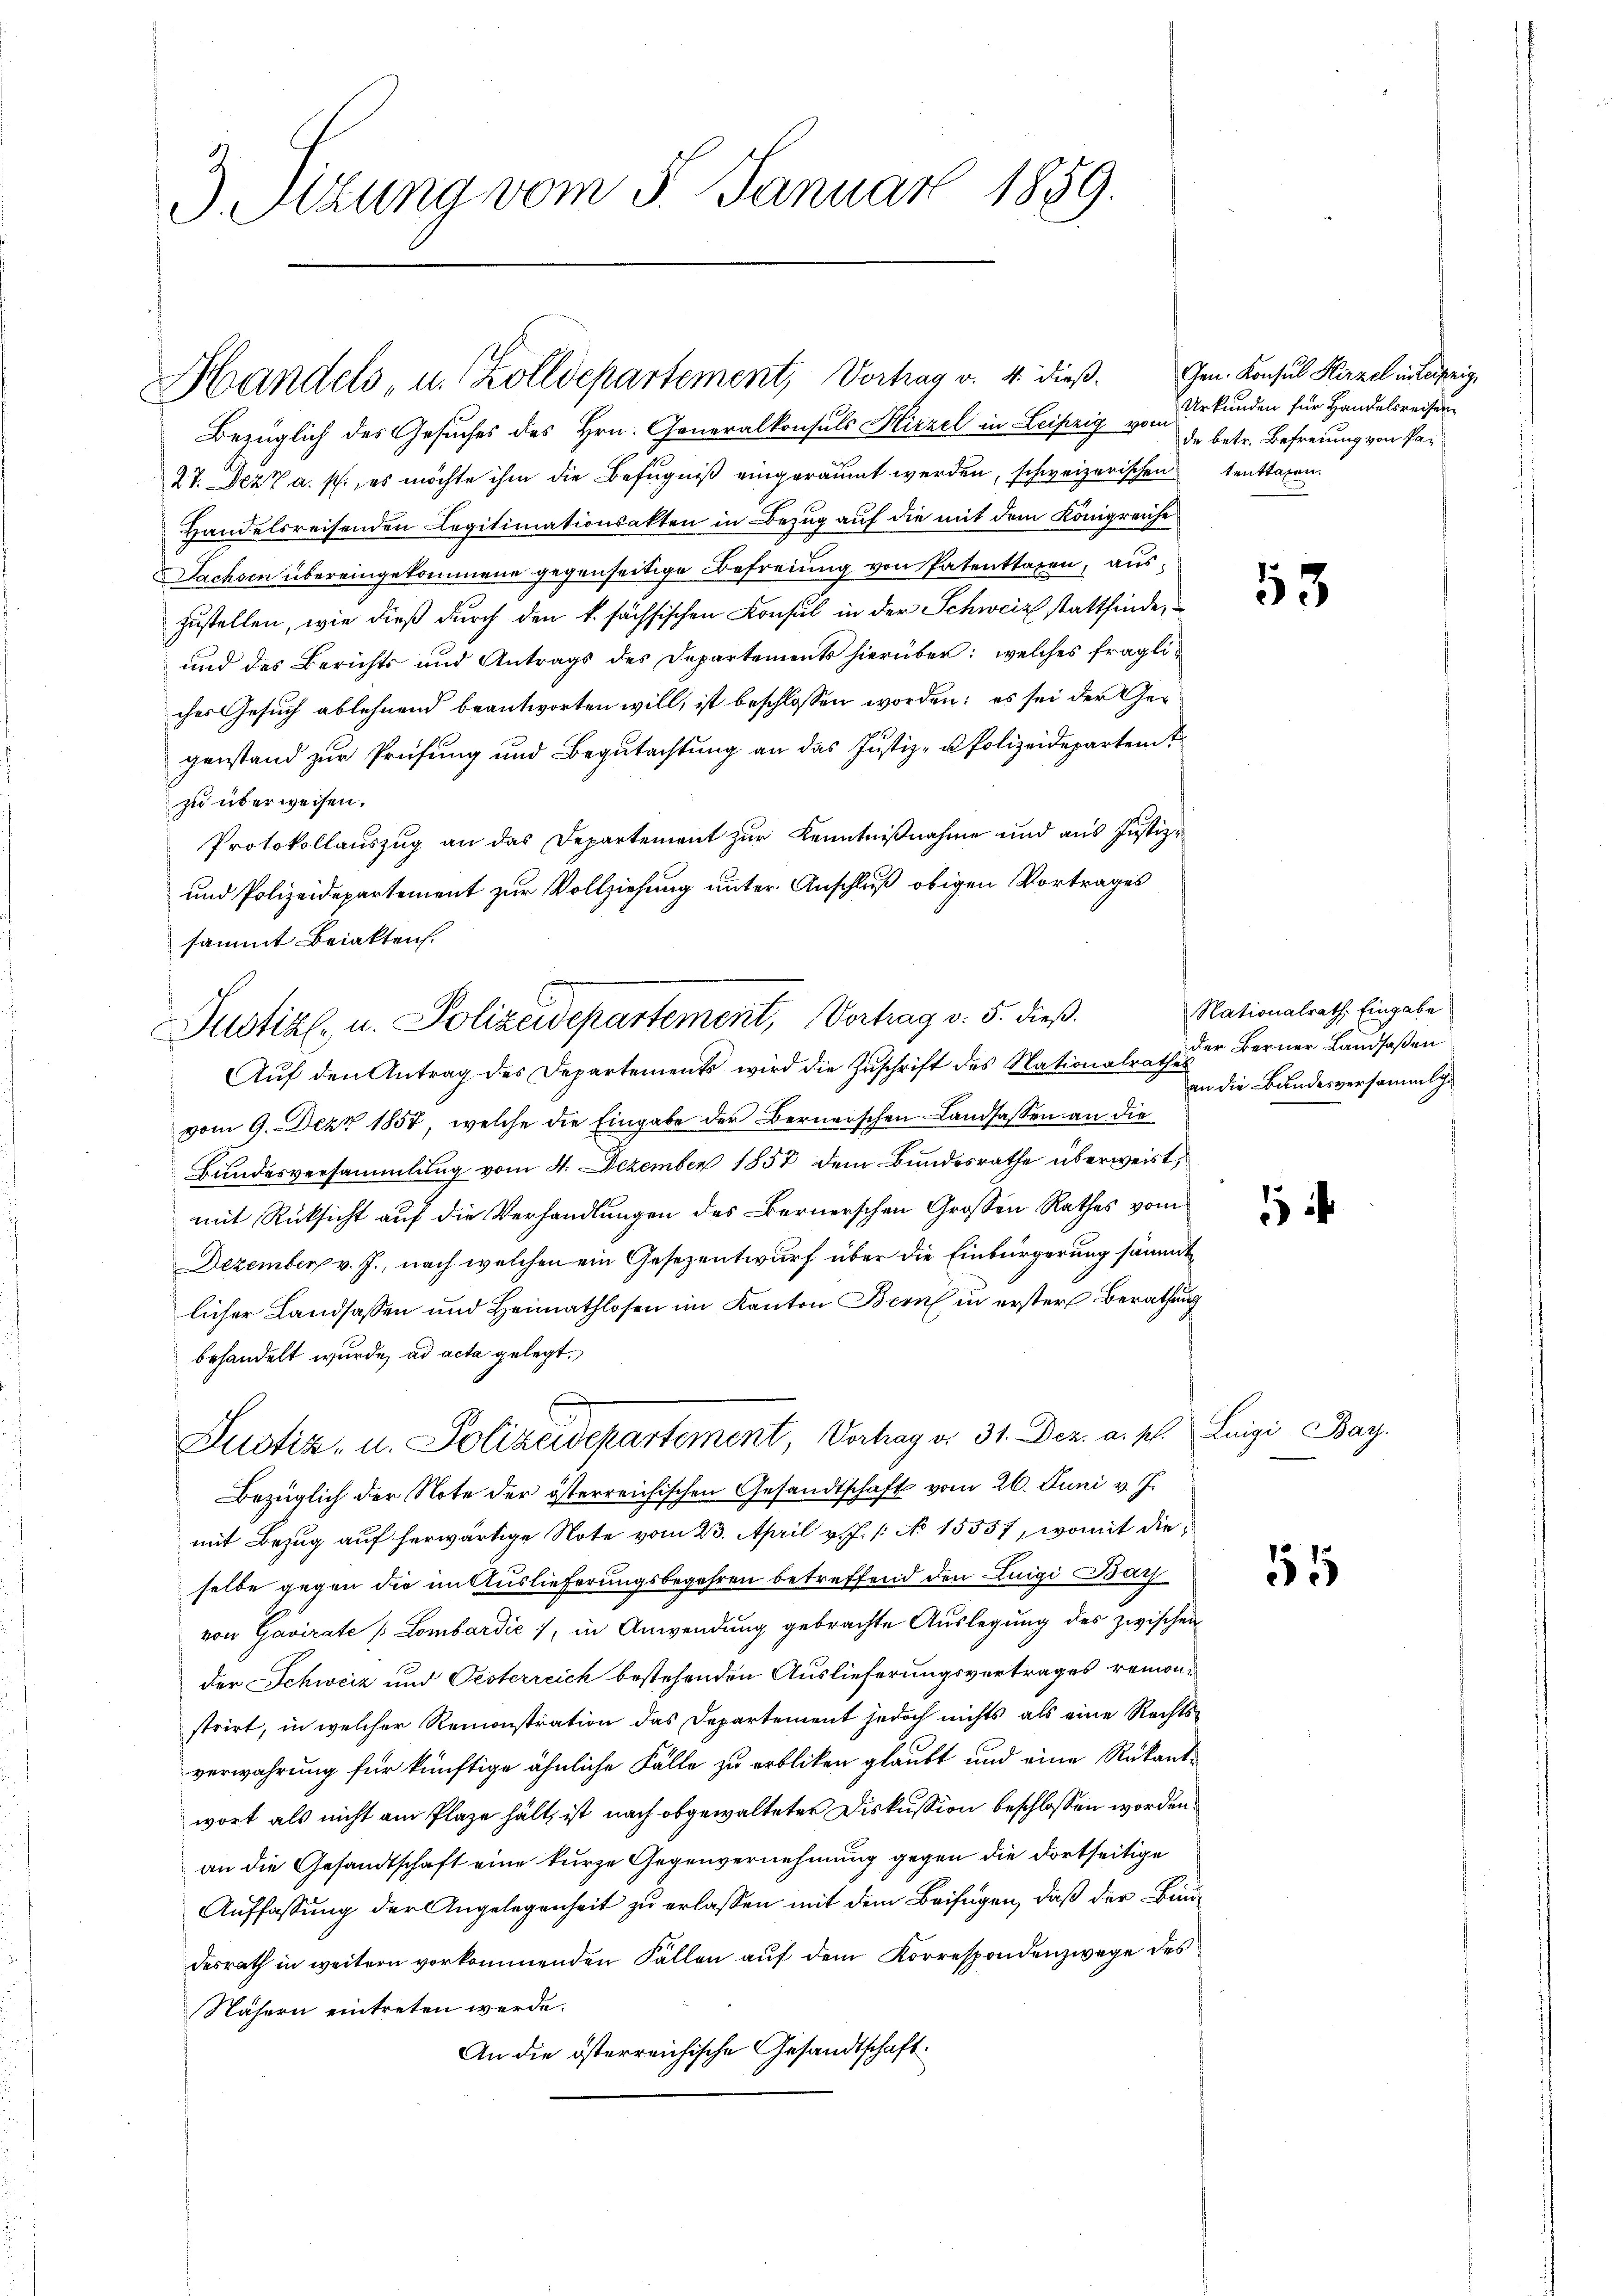
3 Sizung vom 5. Januar 1859.

Handels, u. Zolldepartement, Vortrag v. 4. dieß.

Bezüglich des Gesuches des Hrn. Generalkonsuls Hirzel in Leipzig vom
27. Dezt a. p., es möchte ihm die Befugniß eingeräumt werden, schweizerischen
Handelsreisenden Legitimationsakten in Bezug auf die mit dem Königreiche
Sachsen übereingekommene gegenseitige Befreiung von Patentsagen, auszustellen, wie dieß durch den k. sächsischen Konsul in der Schweiz stattfinde,
und des Berichts und Antrags des Departements hierüber: welches fragliches Gesuch ablehnend beantworten will, ist beschlossen worden; es sei der Gegenstand zur Prüfung und Begutachtung an das Justiz- u Polizeideparten?
zu überweisen.
Protokollauszug an das Departement zur Kenntnißnahme und aus Justiz-
und Polizeidepartement zŭr Vollziehŭng ŭnter Anschlŭβ obigen Vortrages
sammt Beiakten.
Aŭf den Antrag des Departements wird die Zuschrift des Nationalrath der Berner Landsaßen
vom 9. Dezz 1857, welche die Eingabe der Bernerschen Landsassen an die
Bundesversammlung vom 4. Dezember 1857 dem Bundesrathe überweist,
mit Rücksicht auf die Verhandlungen des Bernerschen Grossen Rathes vom
Dezember v. J., nach welchen ein Gesezentwurf über die Einbürgerung sämmt
licher Landsassen und Heimathlosen im Kanton Bern in erster Berathung
behandelt wurde, ad acta gelegt.
Justiz- u. Polizeidepartement, Vertrag v. 31. Dez. a. pr. Luigi Bay.
Bezüglich der Note der österreichischen Gesandtschaft vom 26. Juni v. J.
mit Bezug auf herwärtige Note vom 23. April v. J. /: No 15557, womit dieselbe gegen die im Auslieferungsbegehren betreffend den Luigi Bach
von Gavirate / Lombardić 7, in Anwendung gebrachte Auslegung des zwischen
der Schweiz und Oesterreich bestehenden Auslieferungsvertrages remonstrirt, in welcher Remonstration das Departement jedoch nichts als eine Rechts-
verwahrung für künftige ähnliche Fälle zu erbliken glaubt und eine Rükantwort als nicht am Plaze hält, ist nach obgewalteter Diskussion beschlossen worden.
an die Gesandtschaft eine kurze Gegenvernehmung gegen die dortseitige
Auffassung der Angelegenheit zu erlassen mit dem Beifügen, daß der Bundesrath in weitern vorkommenden Fällen auf dem Korrespondenzwage des
Nähern eintreten werde.
An die österreichische Gesandtschaft.

Justizl, u. Polizeidepartement, Vertrag v. 5. dieß

Gen. Konsul Hirzel inteigeig
Urkunden für Handelsreisen
de betr. Befreiung von Patenttagen.

53

Nationalrath, Eingabe
an die Bundesversammlg

1

15